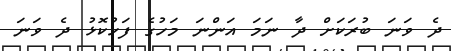
ދެ ވަނަ ބުރަކަށް ދާ ނަމަ އަންނަ މަހުގެ ފަހުކޮޅު ދެ ވަނަ